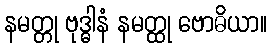
နမတ္တု ဗုဒ္ဓါနံ နမတ္ထု ဗောဓိယာ။